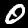
Label: 0